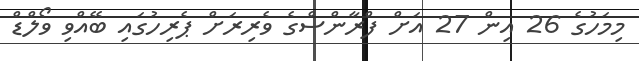
މިމަހުގެ 26 އިން 27 އަށް ފްރާންސްގެ ވެރިރަށް ޕެރިހުގައި ބޭއްވި ވޯލްޑް